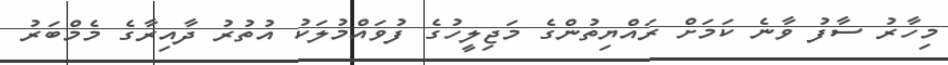
މިހާރު ސާފު ވާނެ ކަމަށް ރައްޔިތުންގެ މަޖިލީހުގެ ފުވައްމުލަކު އުތުރު ދާއިރާގެ މެމްބަރު